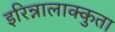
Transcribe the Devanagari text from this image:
इरिन्नालाक्कुता